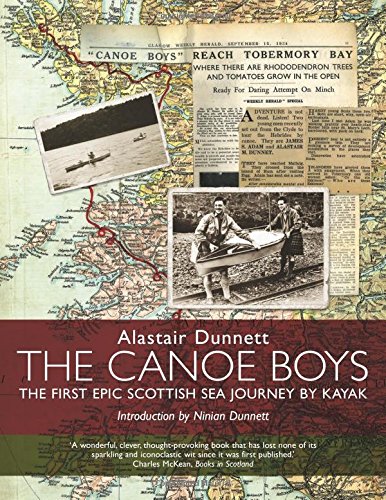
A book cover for The Canoe Boys: The First Epic Scottish Sea Journey by Kayak; Alastair Dunnett; Sports & Outdoors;